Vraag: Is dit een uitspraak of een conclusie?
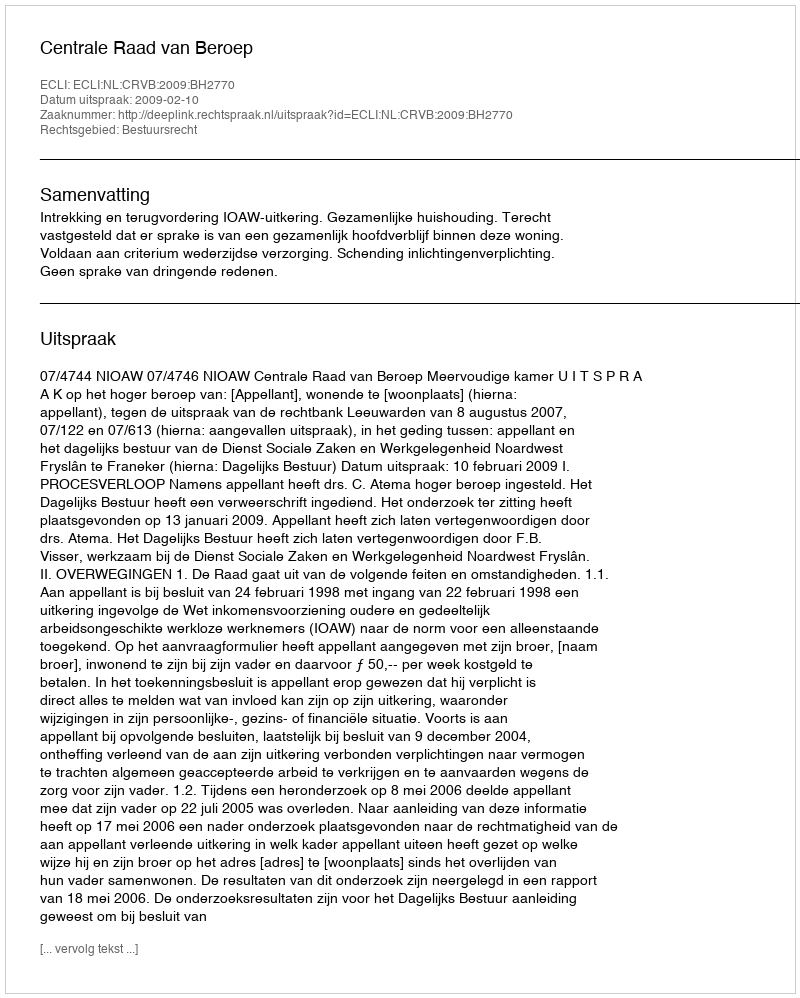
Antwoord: Uitspraak